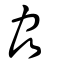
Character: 劦